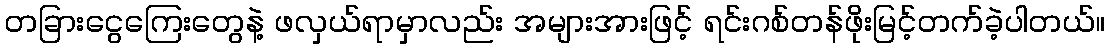
တခြားငွေကြေးတွေနဲ့ ဖလှယ်ရာမှာလည်း အများအားဖြင့် ရင်းဂစ်တန်ဖိုးမြင့်တက်ခဲ့ပါတယ်။